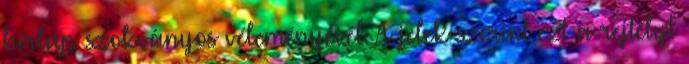
hírlap szokványos véleményével. A jelek szerint ezt a rejtélyt